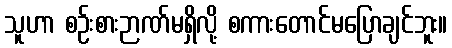
သူဟာ စဉ်းစားဉာဏ်မရှိလို့ စကားတောင်မပြောချင်ဘူး။